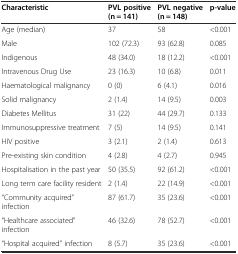
<table><thead><tr><td><b>Characteristic</b></td><td><b>PVL positive (n = 141)</b></td><td><b>PVL negative (n = 148)</b></td><td><b>p-value</b></td></tr></thead><tbody><tr><td>Age (median)</td><td>37</td><td>58</td><td>&lt;0.001</td></tr><tr><td>Male</td><td>102 (72.3)</td><td>93 (62.8)</td><td>0.085</td></tr><tr><td>Indigenous</td><td>48 (34.0)</td><td>18 (12.2)</td><td>&lt;0.001</td></tr><tr><td>Intravenous Drug Use</td><td>23 (16.3)</td><td>10 (6.8)</td><td>0.011</td></tr><tr><td>Haematological malignancy</td><td>0 (0)</td><td>6 (4.1)</td><td>0.016</td></tr><tr><td>Solid malignancy</td><td>2 (1.4)</td><td>14 (9.5)</td><td>0.003</td></tr><tr><td>Diabetes Mellitus</td><td>31 (22)</td><td>44 (29.7)</td><td>0.133</td></tr><tr><td>Immunosuppressive treatment</td><td>7 (5)</td><td>14 (9.5)</td><td>0.141</td></tr><tr><td>HIV positive</td><td>3 (2.1)</td><td>2 (1.4)</td><td>0.613</td></tr><tr><td>Pre-existing skin condition</td><td>4 (2.8)</td><td>4 (2.7)</td><td>0.945</td></tr><tr><td>Hospitalisation in the past year</td><td>50 (35.5)</td><td>92 (61.2)</td><td>&lt;0.001</td></tr><tr><td>Long term care facility resident</td><td>2 (1.4)</td><td>22 (14.9)</td><td>&lt;0.001</td></tr><tr><td>“Community acquired” infection</td><td>87 (61.7)</td><td>35 (23.6)</td><td>&lt;0.001</td></tr><tr><td>“Healthcare associated” infection</td><td>46 (32.6)</td><td>78 (52.7)</td><td>&lt;0.001</td></tr><tr><td>“Hospital acquired” infection</td><td>8 (5.7)</td><td>35 (23.6)</td><td>&lt;0.001</td></tr></tbody></table>